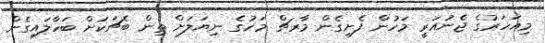
މިއަހަރުގެ ޖެނުއަރީ މަހުން ފެށިގެން މާރޗް މަހުގެ ނިޔަލަށް ތިން ބެޗަކަށް ބަހާލައިގެން